Vaccination in Bombay 1869-1873 - 1869-1873
Year: 1869
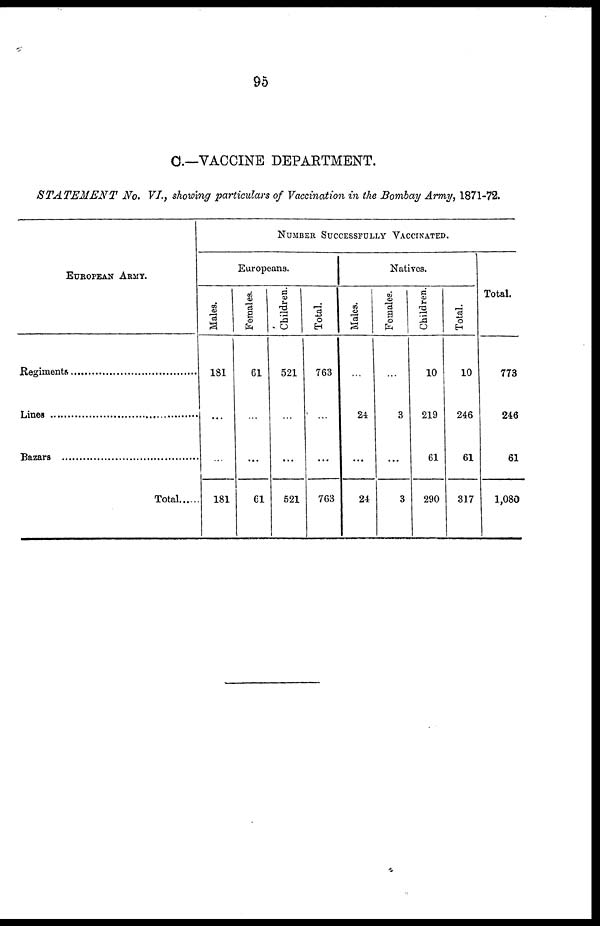
95
C.—VACCINE DEPARTMENT.
STATEMENT
No. VI., showing particulars of Vaccination in the Bombay Army, 1871-72.
EUROPEAN ARMY.
Regiments ..............................
Lines ................................
Bazars ............................
Total
NUMBER SUCCESSFULLY VACCINATED.
Europeans.
Males.
181
...
...
181
Females.
61
...
...
61
Children.
521
...
...
521
Total.
763
...
...
763
Natives.
Males.
...
24
...
24
Females.
...
3
...
3
Children.
10
219
61
290
Total.
10
246
61
317
Total.
773
246
61
1,080